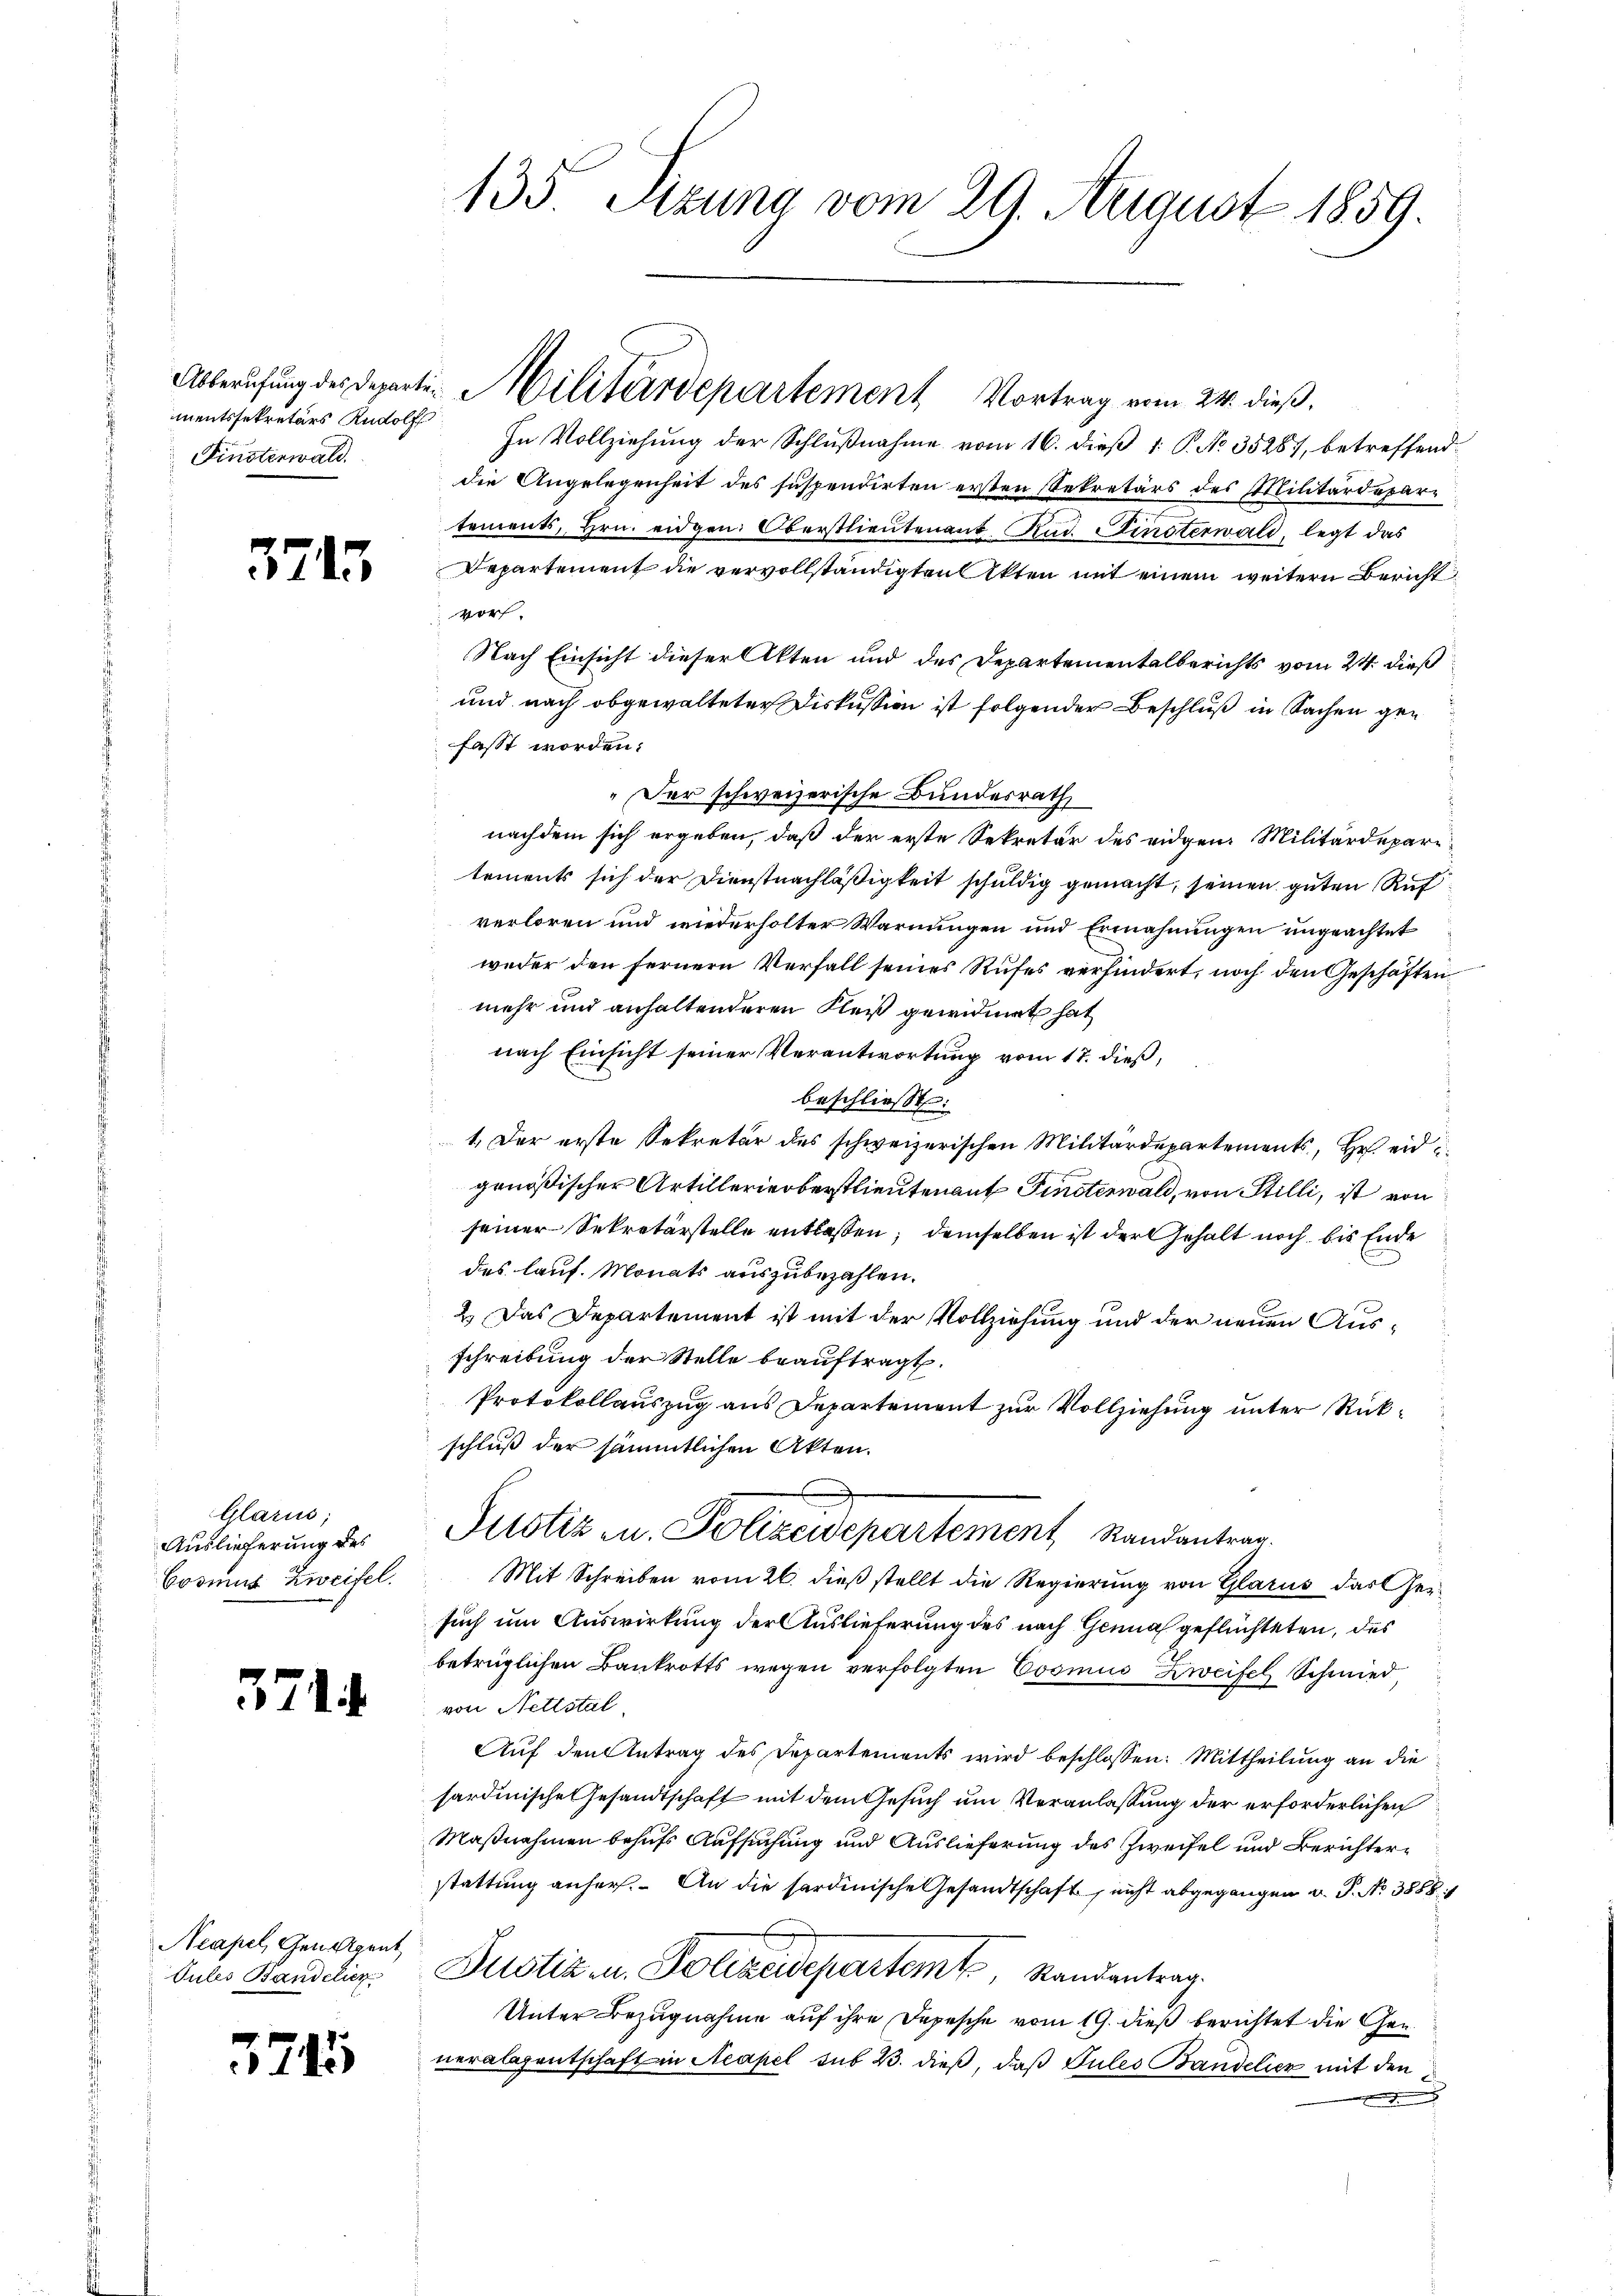
mentssekretärs Rudolf
Finstenwald.

371.

Glarus;
Auslieferung des
Cosmus Zweifel.

324.

Neapel, Geneigent
Sules Bandelier

3744

135 Sizung vom 29. August 1859.

In Vollziehung der Schlußnahme vom 16. dieß 1 P. No 35287, betreffenddie Angelegenheit des suspendirten ersten Sekretärs des Militärdepartements, Hrn. eidgen. Oberstlieutenant Rud. Finsterwald, legt das
Departement die vervollständigten Akten mit einem weitern Bericht
vor.
Nach Einsicht dieser Akten und des Departementalberichts vom 24. dieß
und nach abgewalteter Diskussion ist folgender Beschluß in Sachen gen
fasst worden.
"Der schweizerische Bundesrath
nachdem sich ergeben, daß der erste Sekretär des eidgen. Militärdeparitements sich der Dienstnachläßigkeit schuldig gemacht, seinen guten Ruf
verloren und wiederholter Warnungen und Ermahnungen ungeachtet
weder den fernern Verfall seines Rufes verhindert, noch den Geschäften
mehr und anhaltenderen Fleiß gewidmet hat
nach Einsicht seiner Verantwortung vom 17. dieß,
beschließt:
1. Der erste Sekretär des schweizerischen Militärdepartements, Hr. eidgenößischer Artillerieberstlieutenauf Finsterwald, von Stilli, ist von
seiner Sekretärstelle entlassen, demselben ist der Gehalt noch bis Ende
des lauf. Monats auszubezahlen.
2.) Das Departement ist mit der Vollziehung und der neuen Ausschreibung der Stelle beauftragt.
Protokollauszug aus Departement zur Vollziehung unter Rückschluß der sämmtlichen Akten.
Justiz u. Polizeidepartement, Randantrag
Mit Schreiben vom 26. dieß stellt die Regierung von Glarus das Gersuch um Auswirkung der Auslieferung des nach Genua geflüchteten, des
betrüglichen Bankrotts wegen verfolgten Cosmus Zweifel Schmied
von Nettstel
Auf den Antrag des Departements wird beschlossen: Mittheilung an die
sardinische Gesandtschaft mit dem Gesuch um Veranlassung der erforderlichen
Maßnahmen behufs Aufsuchung und Auslieferung des Zweifel und Berichterstattung anher. An die sardinische Gesandtschaft, nicht abgegangen u. P. Nr. 3888
Justiz- u. Polizeidepartemt, Randantrag.
Unter Bezugnahme auf ihre Depesche vom 19. dieß berichtet die Gen
neralentschaft in Neapel sub 23. dieß, daß Gules Bandelich mit den
.

Abberufung des Departin Militärdepartement Vortrag vom 24. dieß.